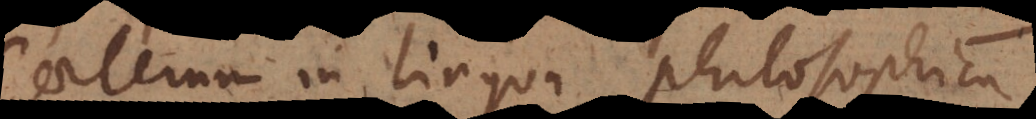
Caeterum in lingua philosophica